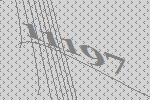
11197